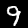
Label: 9